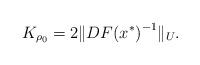
LaTeX: \begin{align*} K_{\rho_0} = 2\Vert {DF(x^*)}^{-1} \Vert_U. \end{align*}